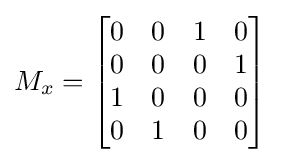
M_{x}={\begin{bmatrix}0&0&1&0\\0&0&0&1\\1&0&0&0\\0&1&0&0\end{bmatrix}}